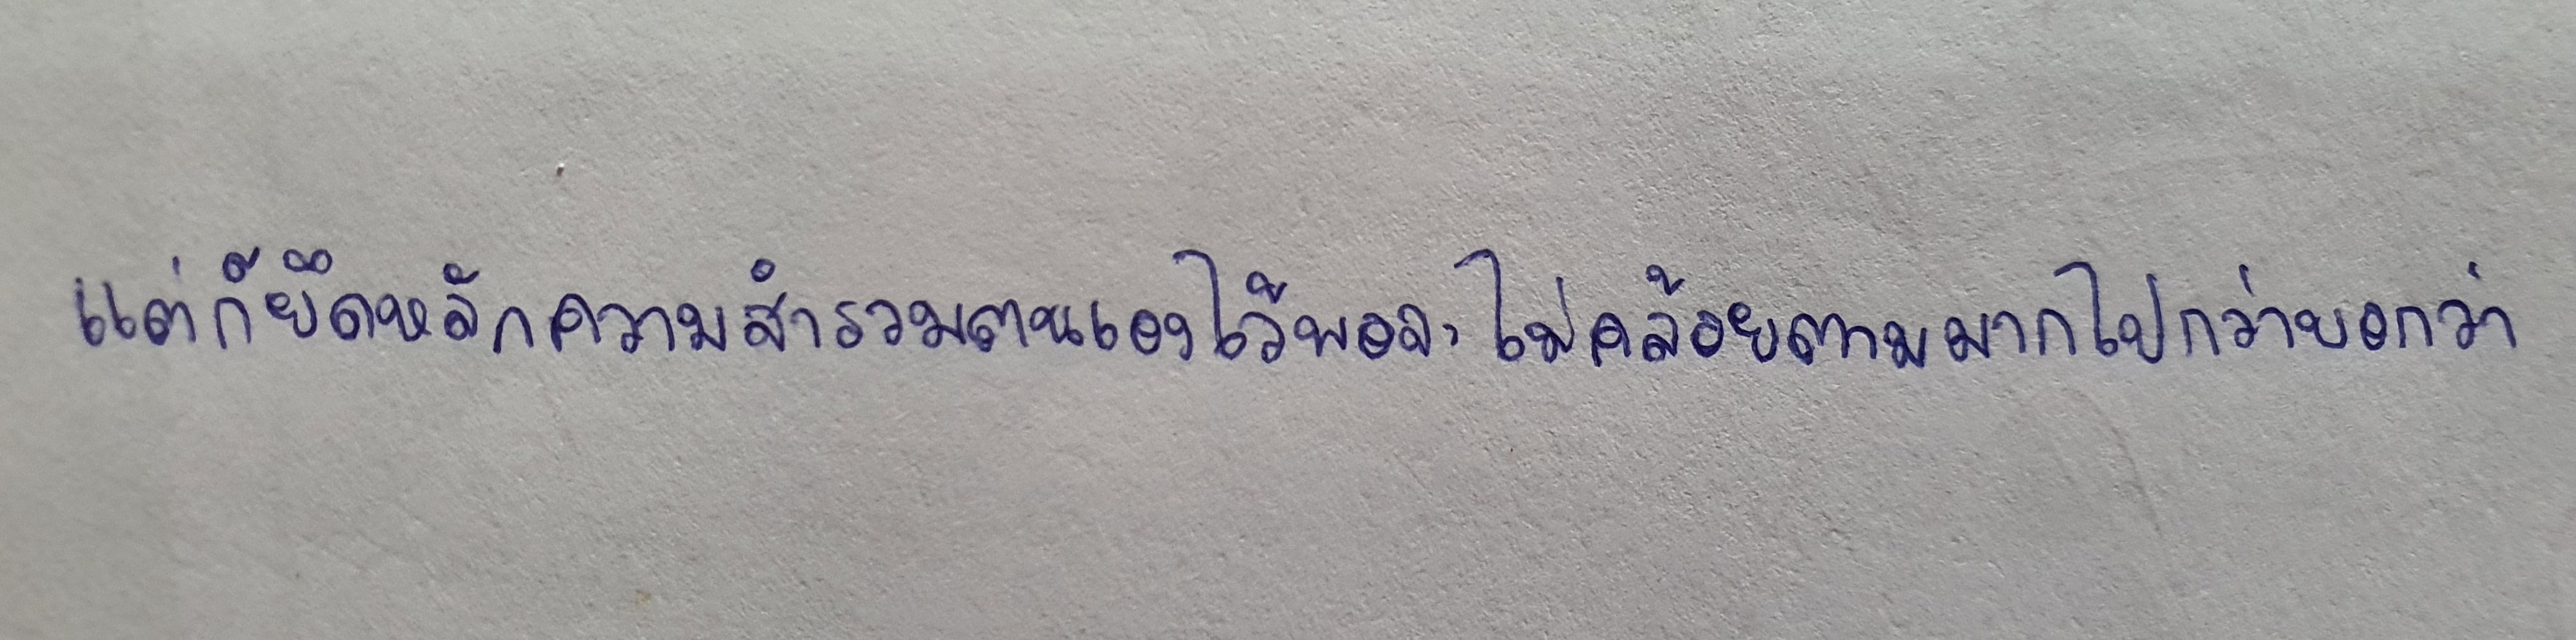
แต่ก็ยึดหลักความสำรวมตนเองไว้พอจะไม่คล้อยตามมากไปกว่าบอกว่า